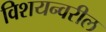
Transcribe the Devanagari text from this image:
विशयन्वरील